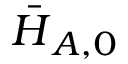
\boldsymbol { \bar { H } } _ { A , 0 }